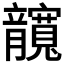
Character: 𰍤